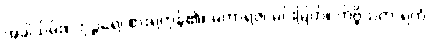
အခါသိမ်း။ ဘုဉ္ဇရေ၊ စားရကုန်၏။ မဟာရဇ၊ မင်းမြတ်။ ကိဗ္ဗိသကာရကံ၊